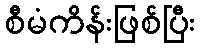
စီမံကိန်းဖြစ်ပြီး